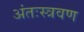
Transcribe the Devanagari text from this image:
अंतःस्त्रवण